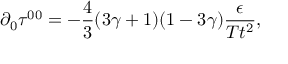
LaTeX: \partial _ { 0 } \tau ^ { 0 0 } = - \frac { 4 } { 3 } ( 3 \gamma + 1 ) ( 1 - 3 \gamma ) \frac { \epsilon } { T t ^ { 2 } } ,